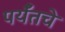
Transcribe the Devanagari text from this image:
पर्यँतचे